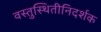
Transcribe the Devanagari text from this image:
वस्तुस्थितीनिदर्शक